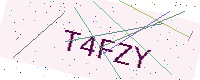
Text: T4FZY